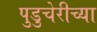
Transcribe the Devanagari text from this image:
पुडुचेरीच्या